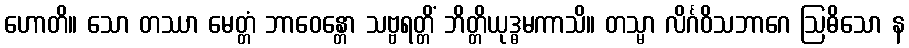
ဟောတိ။ သော တဿာ မေတ္တံ ဘာဝေန္တော သဗ္ဗရတ္တိံ ဘိတ္တိယုဒ္ဓမကာသိ။ တသ္မာ လိင်္ဂဝိသဘာဂေ ဩဓိသော န